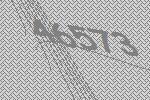
46573